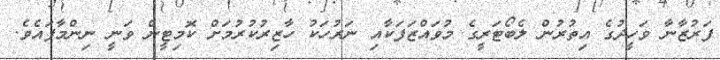
ފަރުޒާނާ ވަހީދުގެ އިތުރުން ލެބޯޓަރީގެ މުވައްޒަފަކާއި ނަރުހަކު ހާޒިރުކުރުމަށް ކޮމިޓީން ވަނީ ނިންމާފައެވެ.